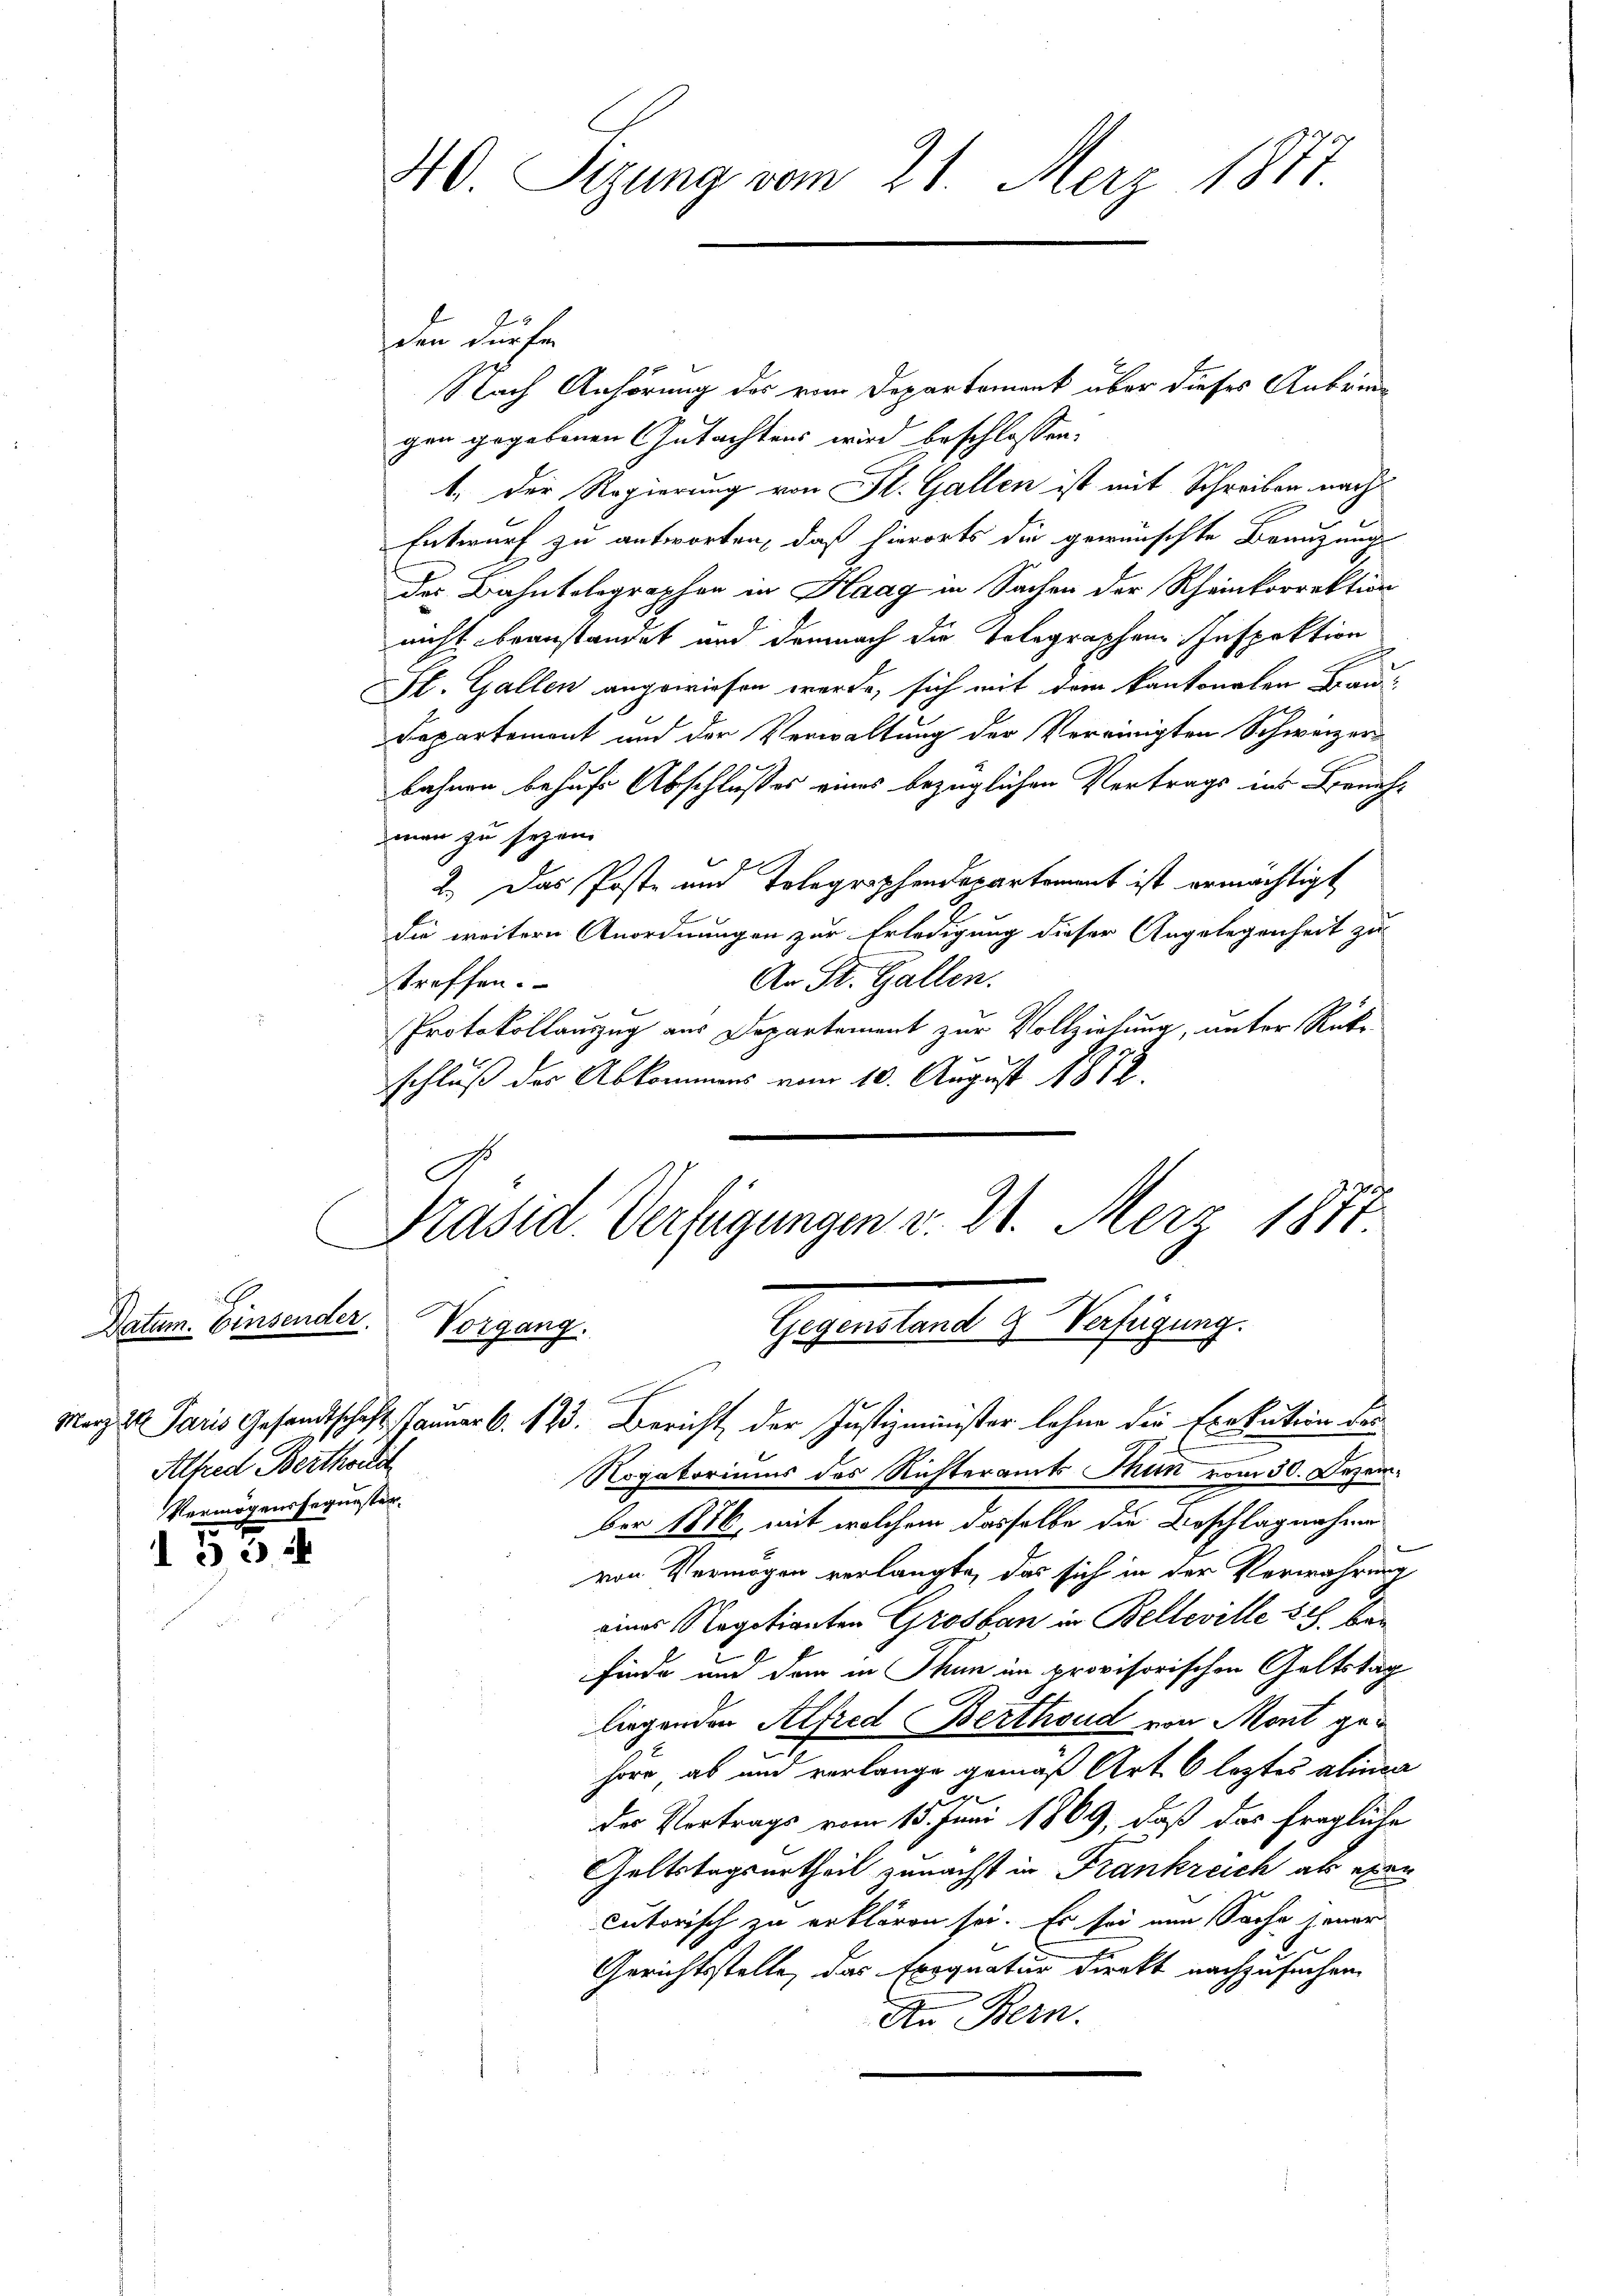
Datum. Einsender. Vorgang.
Alfred Bertheil
Vermögenssequester

153

40. Sizung vom 21. Merz 1877.

2
den dürfen
Nach Anhörung des vom Departement über dieses Anbringen gegebenen Gutachtens wird beschlossen:
1. Der Regierung von St. Gallen ist mit Schreiben nach
Entwurf zu antworten, daß hierorts die gewünschte Brauzungs
des Bahntolographen in Haag in Sachen der Rheinkorrektion
nicht beanstandet und demnach die Tolographen Inspektion
Sl. Gallen angewiesen werde, sich mit dem kantonalen Brau
Departement und der Verwaltung der Vereinigten Schweizer
bahnen behufe Abschlußes eines bezüglichen Vertrags ins Benehman zu sezen
2.) Das Poste und Tolegraphendepartement ist ermächtigt
die weitern Anordnungen zur Erledigung dieser Angelegenheit zu
An St. Gallen.
treffen.
Protokollauszug aus Departement zur Vollziehung, unter Rückschluß der Abkommens vom 10. August 1872.

Präsid. Verfügungen d. 21. Merz 1857.
Gegenstant H. Verfügung.
Marzel Paris Gesandtschaft. Jauner 6. 123. Bericht der Justizminister lehne die Exekution der

Rogatoriums des Richteramts Thun vom 30. Dezember 1816, mit welchem dasselbe die Beschlagnahme
von Vermögen verlangte, das sich in der Verwahrung
eines Regotianten Grosban in Belleville sich ben
finde und der in Thun im provisorischen Geltstag
liegenden Alfred Berthoud von Mont gehöre, ab und verlange gemäß Art. 6 leztes alinea
In
der Vortrags vom 13. Juni 1869, daß das fragliche
Geltstagsurtheil zunächst in Frankreich als exen
cutorisch zu erklären sei. Es sei nun Sache jener
Gerichtsstelle, das Exognatur direkt nachzusuchen.
An Bern.